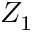
Z _ { 1 }